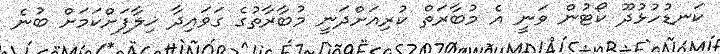
ކަނޑުހުޅުދޫ ކޯޓުން ވަނީ އެ މުބާރަތް ކުރިއަށްދަނީ މުބާރާތުގެ ގަވައިދާ ޚިލާފަށްކަމަށް ބުނެ